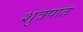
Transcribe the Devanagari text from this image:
शुत्रपात